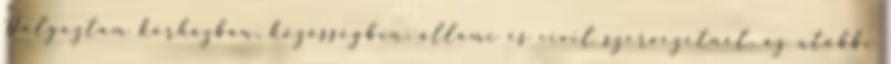
Dolgoztam kórházban, közösségben, állami és civil szervezetnél, az utóbbi